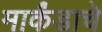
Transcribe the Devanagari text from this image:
मार्कंडाचे